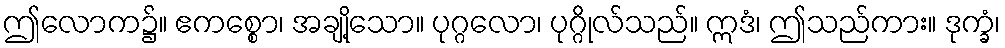
ဤလောက၌။ ဧကစ္စော၊ အချို့သော။ ပုဂ္ဂလော၊ ပုဂ္ဂိုလ်သည်။ ဣဒံ၊ ဤသည်ကား။ ဒုက္ခံ၊